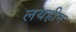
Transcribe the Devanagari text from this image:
लयहीन